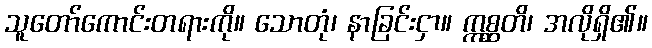
သူတော်ကောင်းတရားကို။ သောတုံ၊ နာခြင်းငှာ။ ဣစ္ဆတိ၊ အလိုရှိ၏။